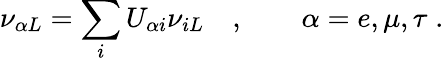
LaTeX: \nu_{{\alpha}L}=\sum_{i}U_{{\alpha}i}\nu_{iL}\quad,\qquad\alpha=e,\mu,\tau\; .